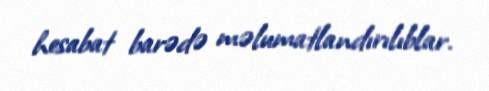
hesabat barədə məlumatlandırılıblar.